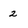
Character: 2